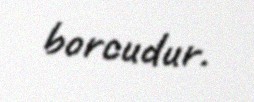
borcudur.